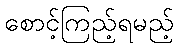
စောင့်ကြည့်ရမည့်